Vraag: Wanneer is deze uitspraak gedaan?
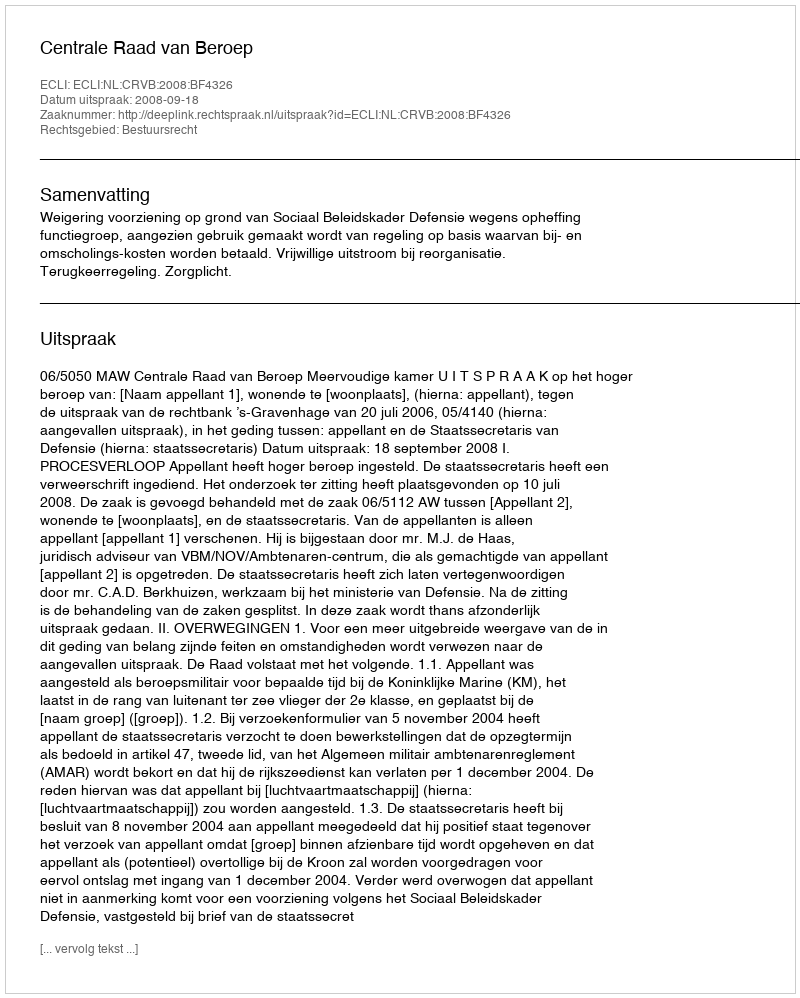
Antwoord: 2008-09-18